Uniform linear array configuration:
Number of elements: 4
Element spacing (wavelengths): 0.25
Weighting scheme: cosine
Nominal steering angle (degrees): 45
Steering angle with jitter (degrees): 43.608
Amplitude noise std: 0.05
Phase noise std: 0.05

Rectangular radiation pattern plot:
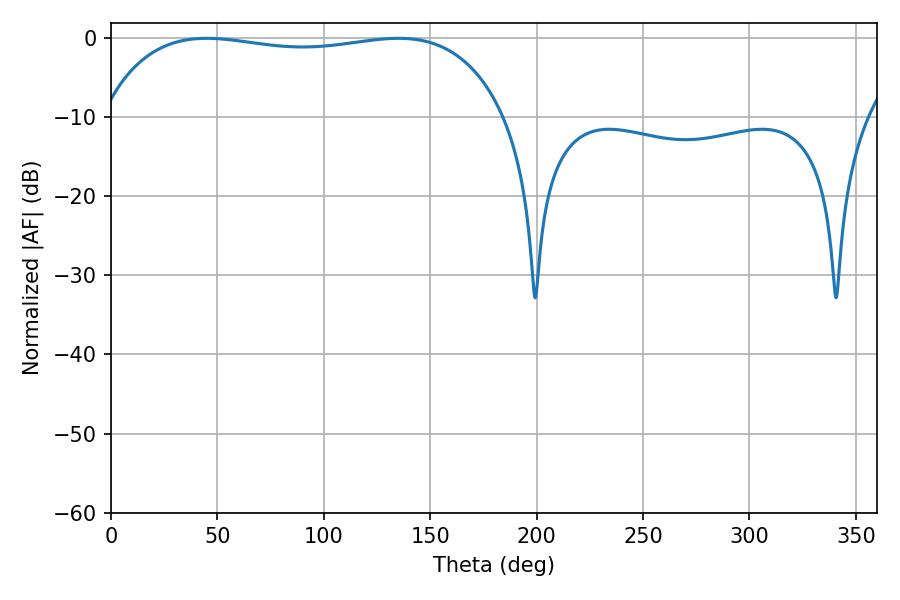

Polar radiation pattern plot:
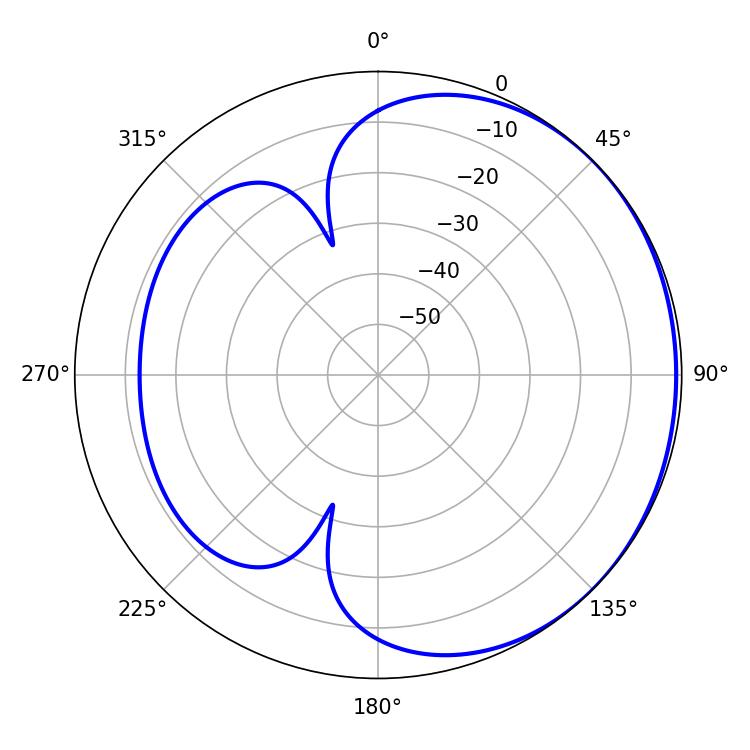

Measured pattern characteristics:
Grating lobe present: FALSE
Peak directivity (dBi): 0.9423
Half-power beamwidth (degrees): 152.64
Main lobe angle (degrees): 44.82